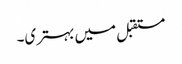
مستقبل میں بہتری۔